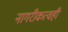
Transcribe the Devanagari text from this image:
नागरीकत्वही